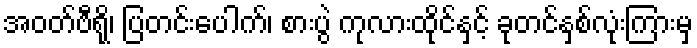
အဝတ်ဗီရို၊ ပြတင်းပေါက်၊ စားပွဲ ကုလားထိုင်နှင့် ခုတင်နှစ်လုံးကြားမှ